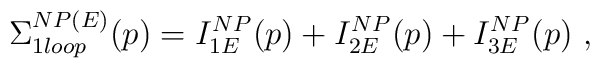
\Sigma _{1loop}^{NP(E)}(p)=I_{1E}^{NP}(p)+I_{2E}^{NP}(p)+I_{3E}^{NP}(p)~,